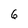
Character: 6